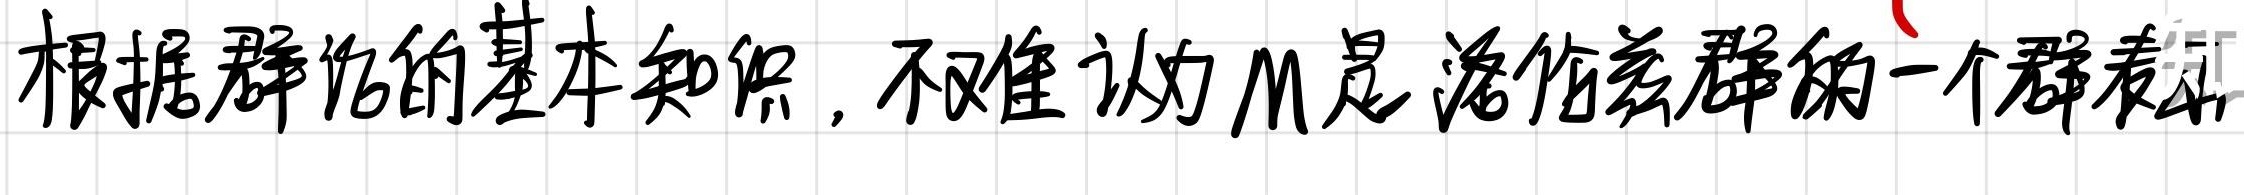
根据群论的基本知识，不难认为M是洛伦兹群的一个群表示